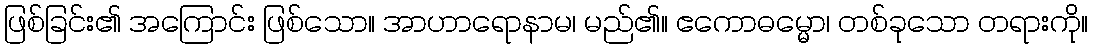
ဖြစ်ခြင်း၏ အကြောင်း ဖြစ်သော။ အာဟာရောနာမ၊ မည်၏။ ဧကောဓမ္မော၊ တစ်ခုသော တရားကို။